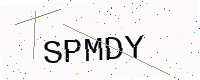
Text: SPMDY